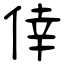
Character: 倖